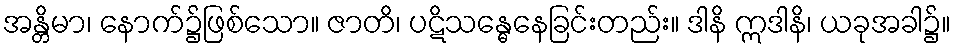
အန္တိမာ၊ နောက်၌ဖြစ်သော။ ဇာတိ၊ ပဋိသန္ဓေနေခြင်းတည်း။ ဒါနိ ဣဒါနိ၊ ယခုအခါ၌။